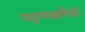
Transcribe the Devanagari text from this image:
राष्ट्राध्यक्षांपैकी